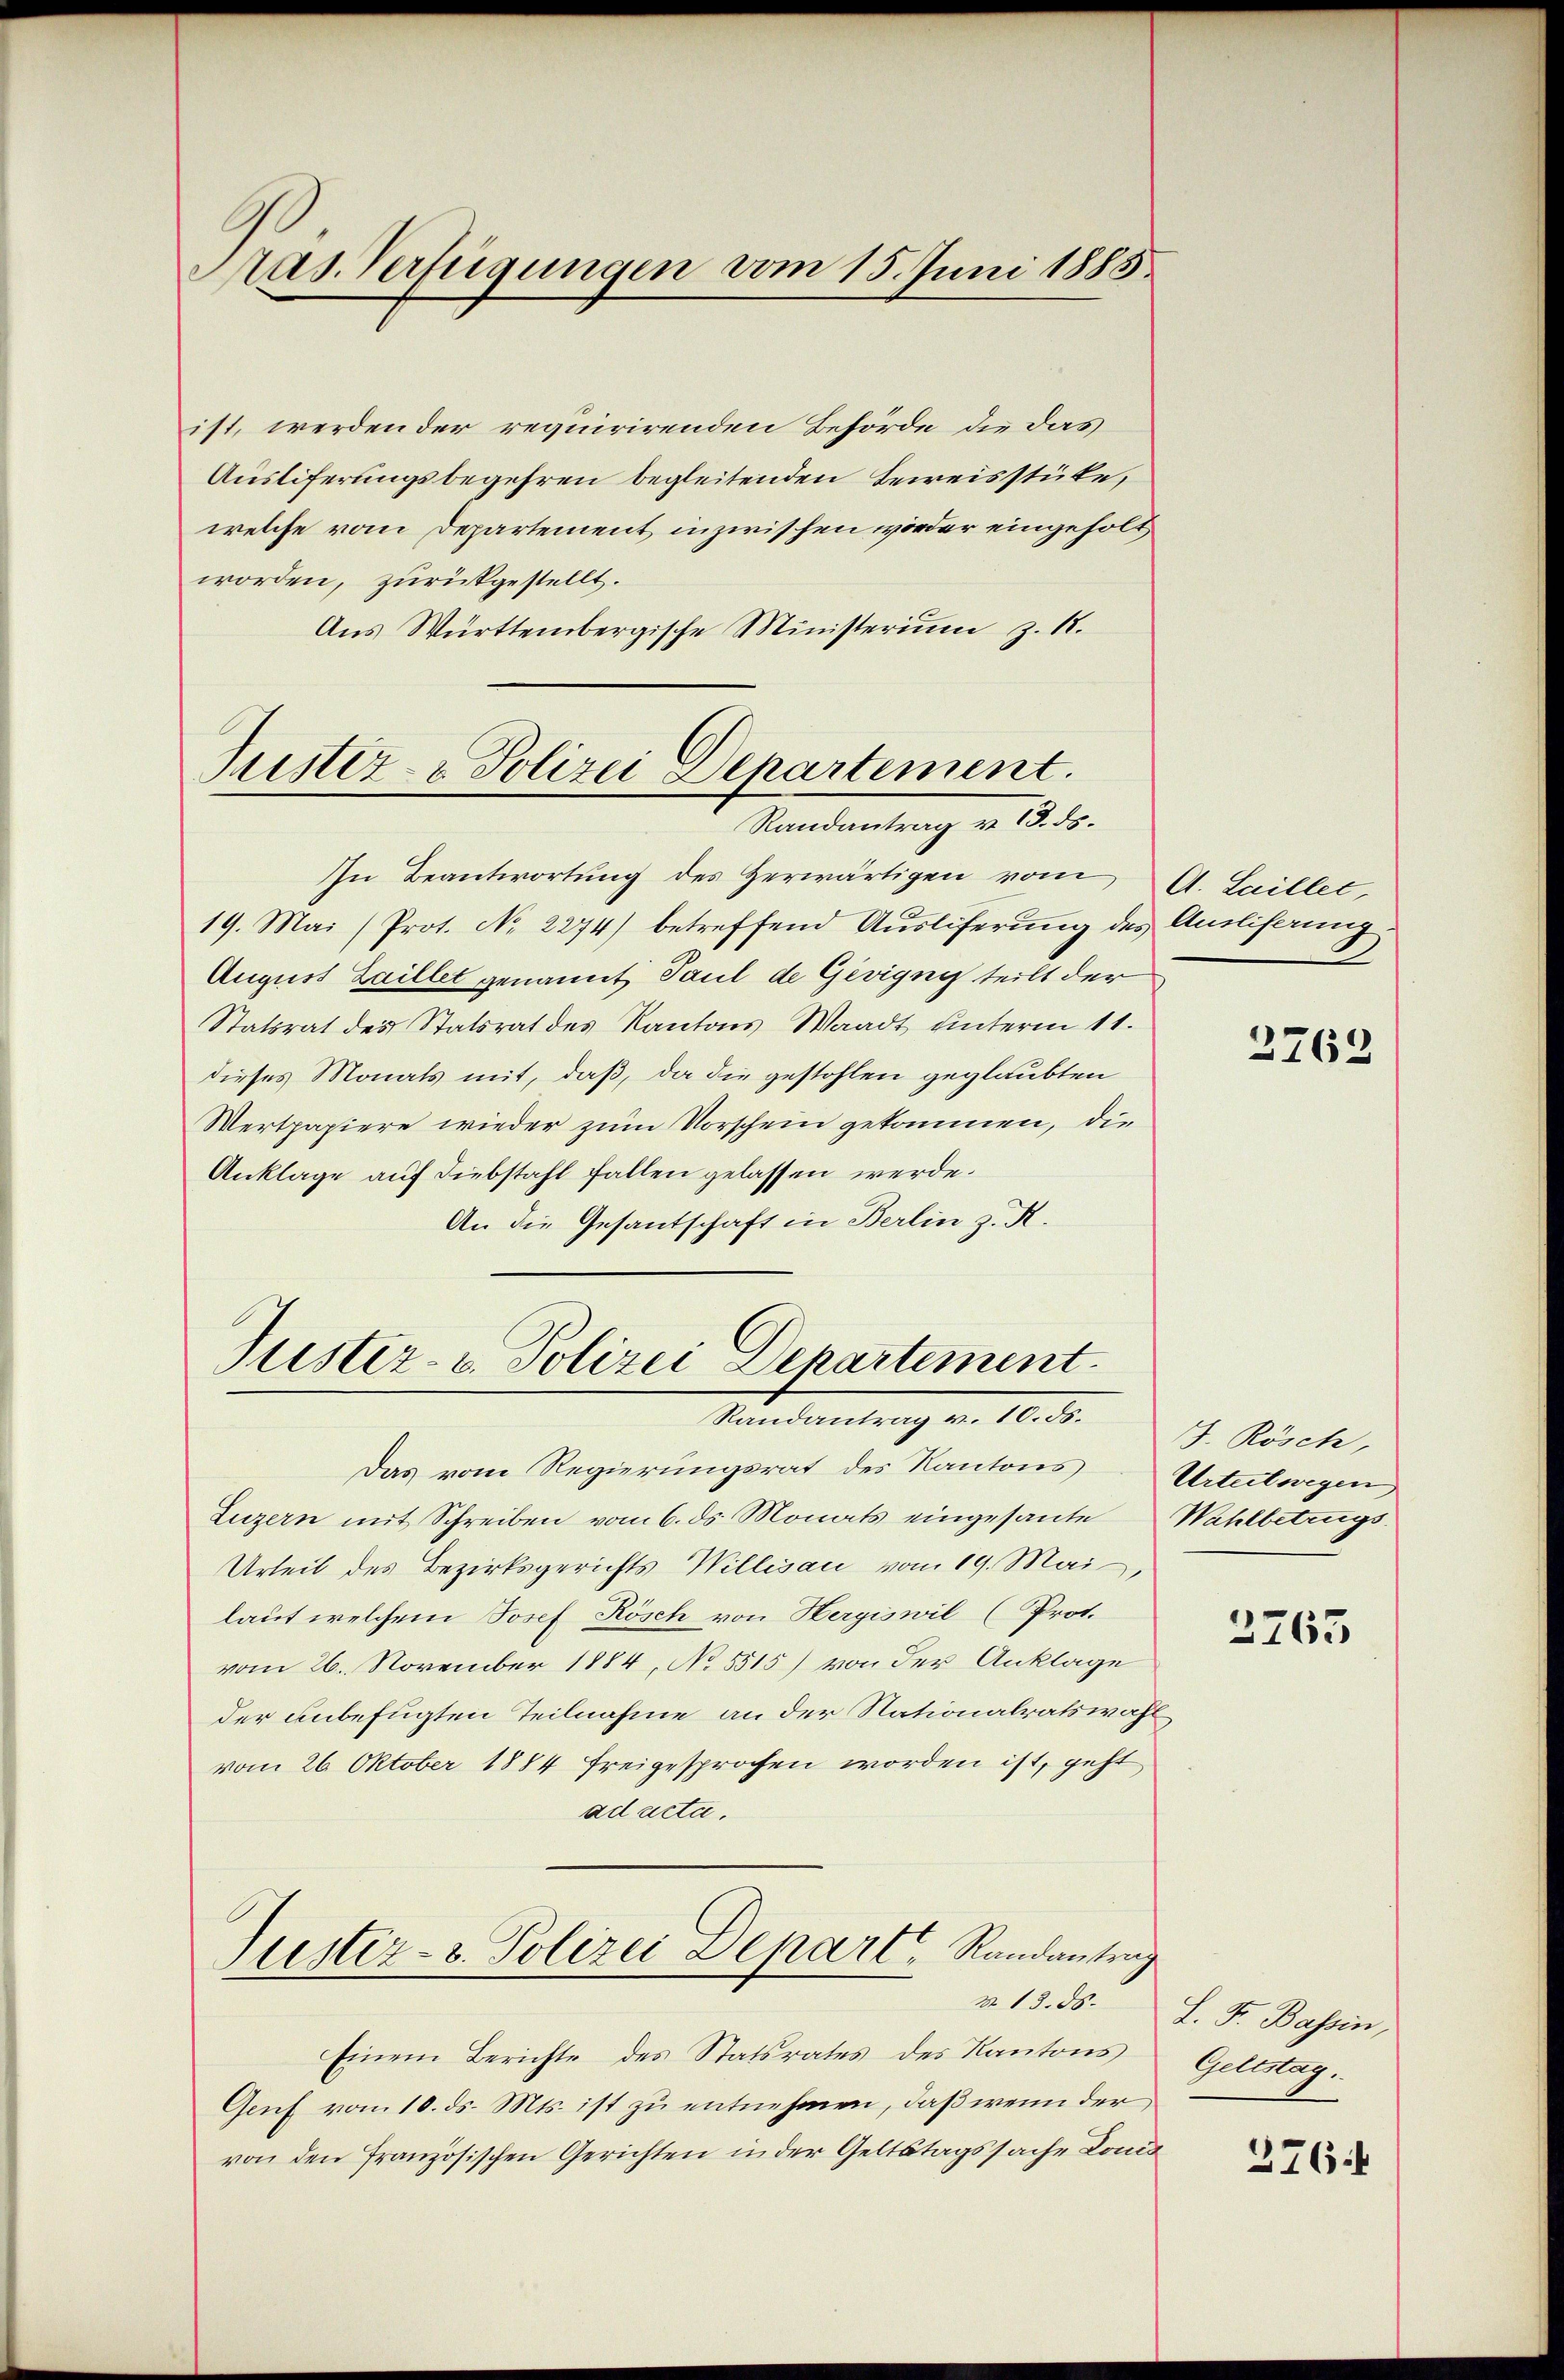
Pas Verfügungen vom 15. Juni 1885

ist, werden der requirirenden Behörde die das
Ausliferungsbegehren begleitenden Beweisstüke,
welche vom Departement inzwischen wieder eingeholt,
worden, zurückgestellt.
Aus Württembergische Ministerium z. 12.

Justiz- & Polizei Departement.
Randantrag v. 13. ds.

Puster- u. Polizei Departement
Sundantung v. 10. d.

In Beantwortung des Herwärtigen vom A. Laillet,
19. Mai (Prot. No. 2274) betreffend Ausliferung des Ansliferung
August Zaillet genannt, Paul de Gevigny teilt der
Statsrat des Statsrat des Kantons Waadt unterm 11.
dieses Monats mit, daß, da die gestohlen geglaubten
Wertpapiere wieder zum Vorschein gekommen, die
Anklage auf Diebstahl fallen gelassen werde.
An die Gesantschaft in Berlin z. R.

Das vom Regierungsrat des Kantons Urteilwegen
Luzern mit Schreiben vom 6. ds. Monats eingesante Wahlbetrugs
Urteil des Bezirksgerichts Willisau vom 19. Mai,
laut welchem Josef Kösch von Hergiswil (Prot.
vom 26. November 1884, No 5515) von der Anklage
der unbefugten Teilnahme an der Nationalratswahl
vom 26. Oktober 1884 freigesprochen worden ist, geht
ad acta.
Justiz- & Polizei Depart, Randantrag
Einem Berichte des Statsrates des Kantons
Genf vom 10. ds. Mts. ist zu entnehmen, daß wenn der
von den französischen Gerichten in der Geltstagssache Louis

2762

J. Rösch,

3765

v. 13. ds. L. F. Bassin,
Geltstag.

376